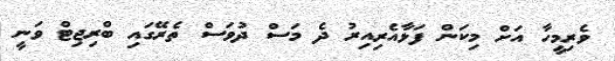
ވެރިމީހާ އަށް މިކަން ފަޅާއެރިއިރު ދެ މަސް ދުވަސް ތެރޭގައި ބްރިޖިޓް ވަނީ